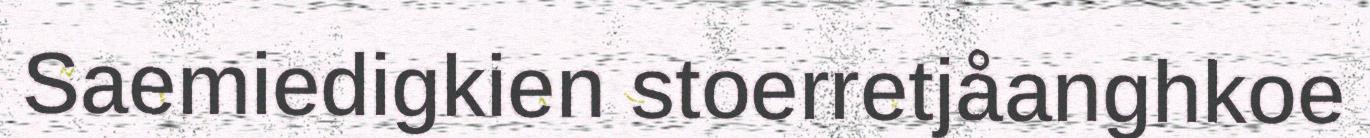
Saemiedigkien stoerretjåanghkoe